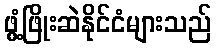
ဖွံ့ဖြိုးဆဲနိုင်ငံများသည်